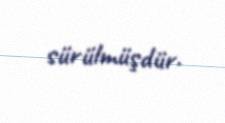
sürülmüşdür.